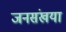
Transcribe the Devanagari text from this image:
जनसंखया